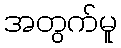
အတွက်မူ